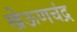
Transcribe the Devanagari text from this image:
खेऊणचंद्र